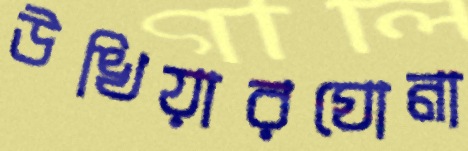
উখিয়ারঘোনা